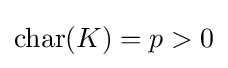
\operatorname {char} (K)=p>0